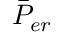
\bar { P } _ { e r }